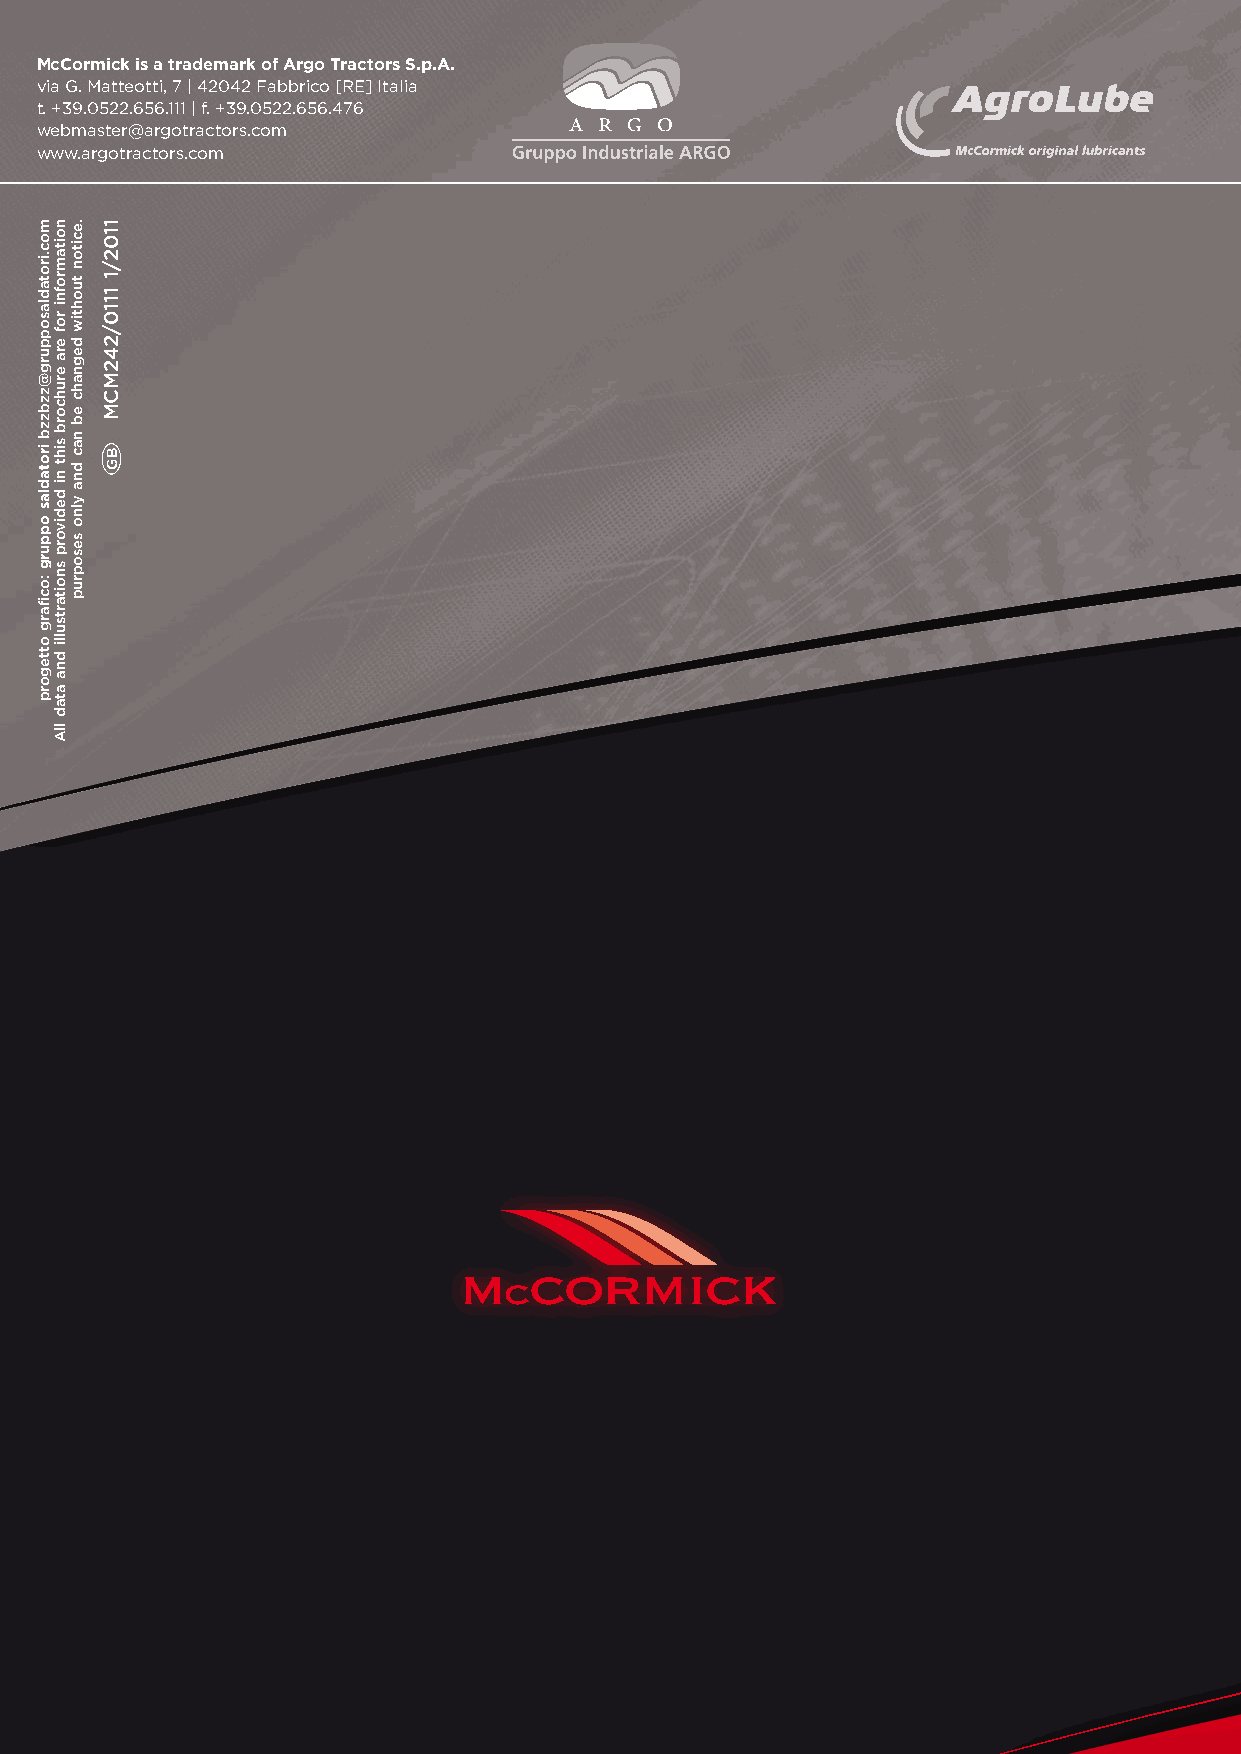
McCormick is a trademark of Argo Tractors S.p.A.
 via G. Matteotti, 7 | 42042 Fabbrico [RE] Italia
 t. +39.0522.656.111 | f. +39.0522.656.476
 webmaster@argotractors.com
 www.argotractors.com
 moc.irotadlasoppurg@zzbzzb
 irotadlas
 oppurg
 :ocifarg
 ottegorp
 noitamrofni
 rof
 era
 eruhcorb
 siht
 ni
 dedivorp
 snoitartsulli
 dna
 atad
 llA
 .eciton
 tuohtiw
 degnahc
 eb
 nac
 dna
 ylno
 sesoprup
 1102/1
 1110/242MCM
 BG